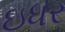
ઇધર